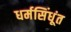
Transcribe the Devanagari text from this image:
धर्मसिंधूंत